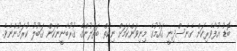
ބޮޑު އުފާވެރިކަން ގެނެސްދިނީ ޤައުމުގެ މިނިވަންކަމަށް ނިކުތް ބަތަލުންގެ ޤުރުބާނީންކަން ޤަބޫލު ކުރަމުންނެވެ.